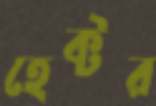
হেক্টর